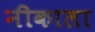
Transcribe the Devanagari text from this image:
नीकाला